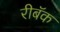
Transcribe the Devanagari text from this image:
रीबॅक